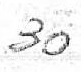
30